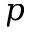
p